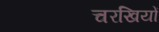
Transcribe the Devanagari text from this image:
चरखियों